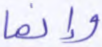
وإنما